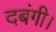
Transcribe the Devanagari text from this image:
दबंगी।